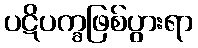
ပဋိပက္ခဖြစ်ပွားရာ